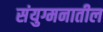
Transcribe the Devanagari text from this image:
संयुग्मनातील